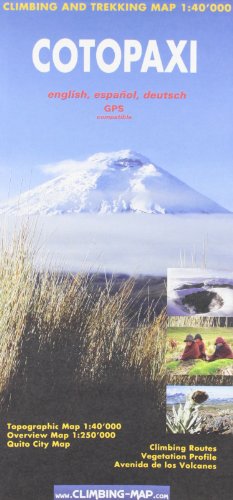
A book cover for Cotopaxi Climbing and Trekking Map: Including Quito City Plan; Travel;